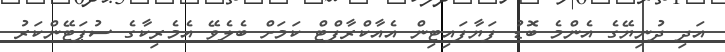
އަދި ދުނިޔޭގެ އެންމެ ބޮޑު ފަޔާފައިޓިން އެއާކްރާފްޓް ކަމަށް ބެލެވޭ އެމެރިކާގެ ސުޕަޓޭންކަރު